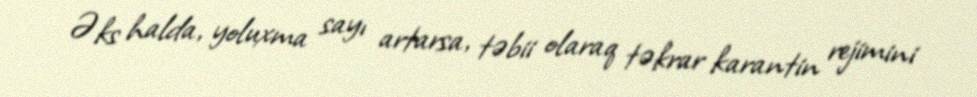
Əks halda, yoluxma sayı artarsa, təbii olaraq təkrar karantin rejimini